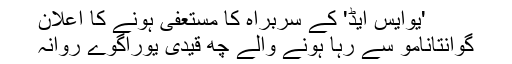
'یوایس ایڈ' کے سربراہ کا مستعفی ہونے کا اعلان
گوانتانامو سے رہا ہونے والے چھ قیدی یوراگوے روانہ